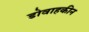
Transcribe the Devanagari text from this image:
डोवाहकीन